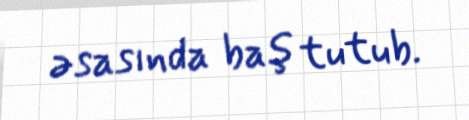
əsasında baş tutub.